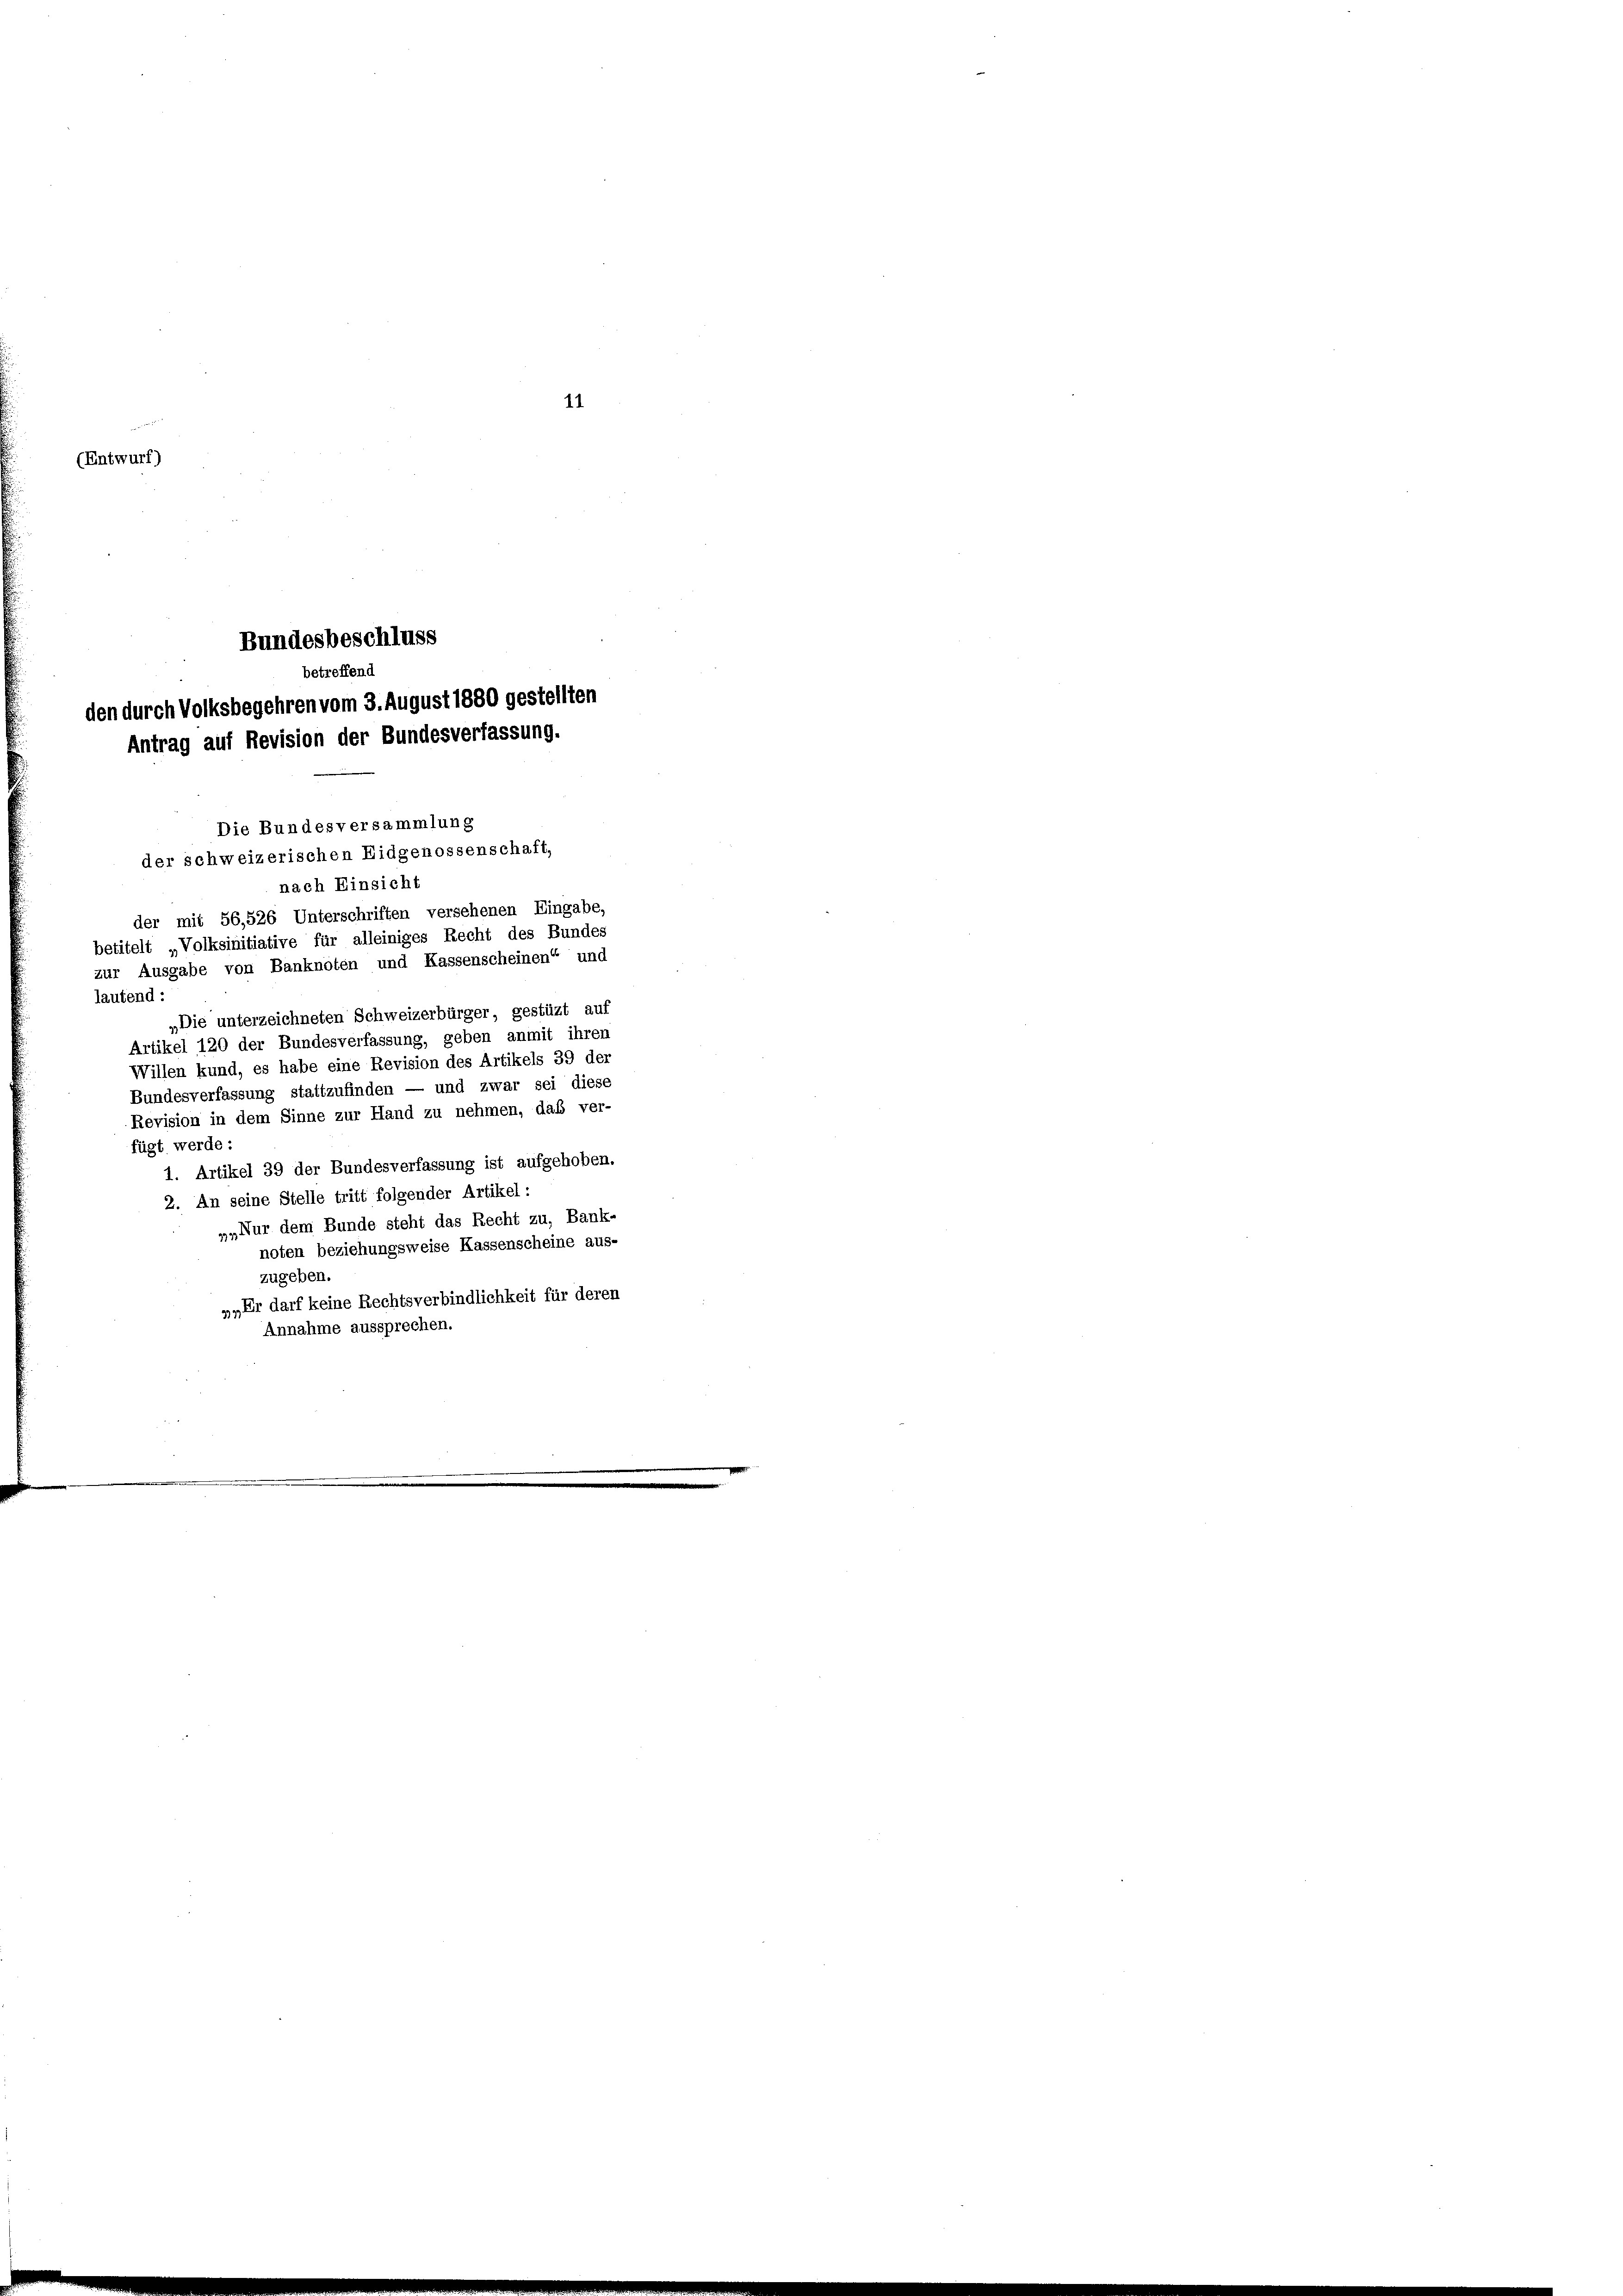
11
(Entwurf)

Bundesbeschluss
betreffend
den durch Volksbegehren vom 3. August 1880 gestellten
Antrag auf Revision der Bundesverfassung.

Die Bundesversammlung
der schweizerischen Eidgenossenschaft,
nach Einsicht
der mit 56,526 Unterschriften versehenen Eingabe,
betitelt „Volksinitiative für alleiniges Recht des Bundes
zur Ausgabe von Banknoten und Kassenscheinen“ und
lautend:
„Die unterzeichneten Schweizerbürger, gestüzt auf
Artikel 120 der Bundesverfassung, geben anmit ihren
Willen kund, es habe eine Revision des Artikels 39 der
Bundesverfassung stattzufinden — und zwar sei diese
Revision in dem Sinne zur Hand zu nehmen, daß ver-
fügt werde:
1. Artikel 39 der Bundesverfassung ist aufgehoben.
2. An seine Stelle tritt folgender Artikel :
„„Nur dem Bunde steht das Recht zu, Bank-
noten beziehungsweise Kassenscheine aus-
zugeben.
», Er darf keine Rechtsverbindlichkeit für deren
Annahme aussprechen.